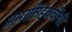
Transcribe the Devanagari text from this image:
अमरसिंहकवीची